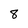
Character: 8